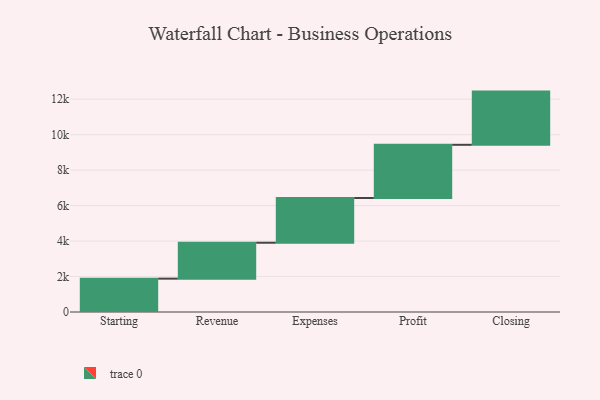
{"axis": {"x": "Step", "y": "Value"}, "legend": [""], "data": [{"x": "Starting", "y": 1881.0, "type": ""}, {"x": "Revenue", "y": 2025.0, "type": ""}, {"x": "Expenses", "y": 2522.0, "type": ""}, {"x": "Profit", "y": 3000, "type": ""}, {"x": "Closing", "y": 3000, "type": ""}]}